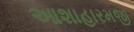
આશાહારમજી